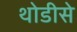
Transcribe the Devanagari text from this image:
थोडीसे